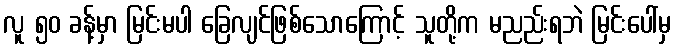
လူ ၅၀ ခန့်မှာ မြင်းမပါ ခြေလျင်ဖြစ်သောကြောင့် သူတို့က မညည်းရဘဲ မြင်းပေါ်မှ